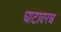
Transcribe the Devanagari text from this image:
घाटावरच